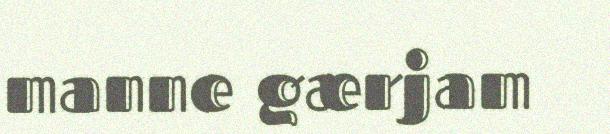
manne gærjam